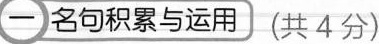
一 名句积累与运用 (共4分)